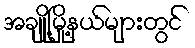
အချို့မြို့နယ်များတွင်